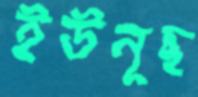
ইউনূছ